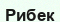
Рибек